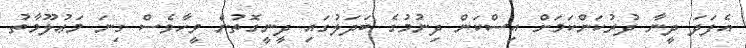
އެފަދަ ދީނާ ދުރުކަންކަމަށް އިސްކަން ދިނުމުގެ ބަދަލުގައި ދީނީގޮތުން ވީހާވެސް ގިނަ މަޢުލޫމާތު